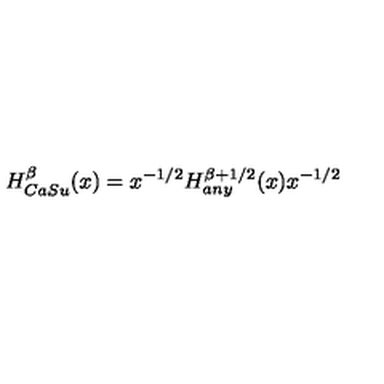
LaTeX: H _ { C a S u } ^ { \beta } ( x ) = x ^ { - 1 / 2 } H _ { a n y } ^ { \beta + 1 / 2 } ( x ) x ^ { - 1 / 2 }